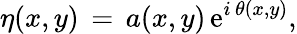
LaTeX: \eta(x,y)\, =\, a(x,y)\, {\mathrm{e}}^{i\, \theta(x,y)},